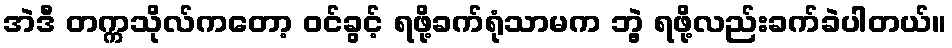
အဲဒီ တက္ကသိုလ်ကတော့ ဝင်ခွင့် ရဖို့ခက်ရုံသာမက ဘွဲ့ ရဖို့လည်းခက်ခဲပါတယ်။